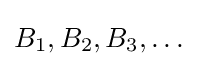
B_{1},B_{2},B_{3},\dots